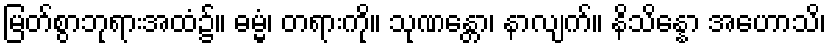
မြတ်စွာဘုရားအထံ၌။ ဓမ္မံ၊ တရားကို။ သုဏန္တော၊ နာလျက်။ နိသိန္နော အဟောသိ၊